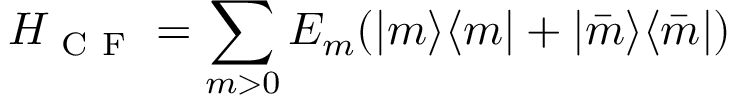
H _ { \mathrm { ~ C ~ F ~ } } = \sum _ { m > 0 } E _ { m } ( | m \rangle \langle m | + | \bar { m } \rangle \langle \bar { m } | )